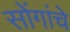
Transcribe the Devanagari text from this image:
सोंगांचे